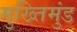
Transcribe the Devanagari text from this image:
मुख्तिमुंड